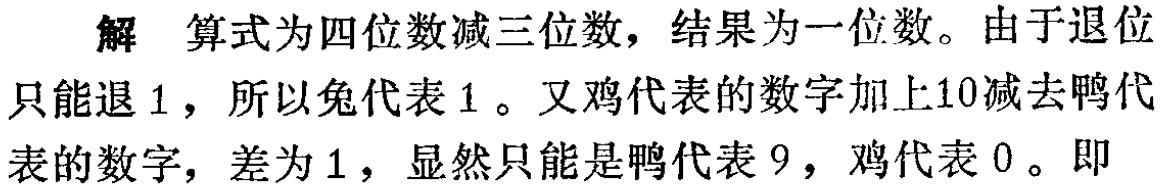
解 算式为四位数减三位数，结果为一位数。由于退位只能退 1，所以兔代表 1 。又鸡代表的数字加上10减去鸭代表的数字，差为 1，显然只能是鸭代表 9，鸡代表 0 。即